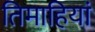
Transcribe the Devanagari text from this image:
तिमाहियां